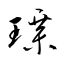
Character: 璋